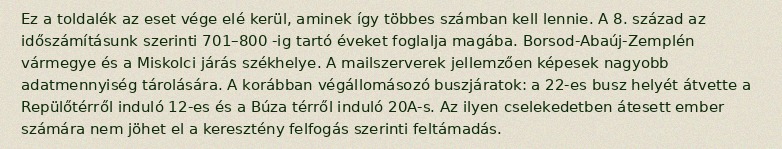
Ez a toldalék az eset vége elé kerül, aminek így többes számban kell lennie. A 8. század az időszámításunk szerinti 701–800 -ig tartó éveket foglalja magába. Borsod-Abaúj-Zemplén vármegye és a Miskolci járás székhelye. A mailszerverek jellemzően képesek nagyobb adatmennyiség tárolására. A korábban végállomásozó buszjáratok: a 22-es busz helyét átvette a Repülőtérről induló 12-es és a Búza térről induló 20A-s. Az ilyen cselekedetben átesett ember számára nem jöhet el a keresztény felfogás szerinti feltámadás.